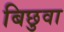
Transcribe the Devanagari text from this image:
बिछुवा